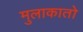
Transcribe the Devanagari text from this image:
मुलाकातो